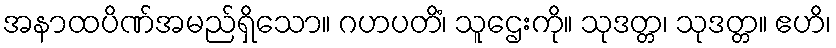
အနာထပိဏ်အမည်ရှိသော။ ဂဟပတိံ၊ သူဌေးကို။ သုဒတ္တ၊ သုဒတ္တ။ ဧဟိ၊